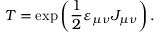
T = \exp \left( \frac 1 2 \varepsilon _ { \mu \nu } J _ { \mu \nu } \right) .